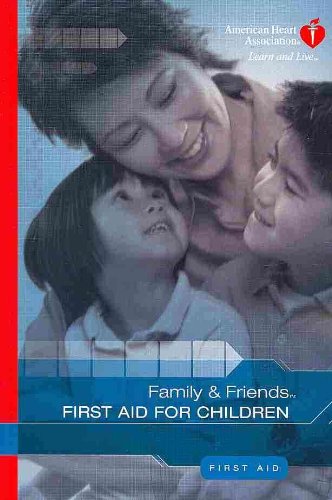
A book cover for Family & Friends First Aid for Children; Health, Fitness & Dieting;